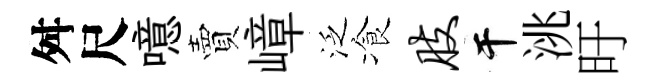
舛尺噫賣嶂泛飡肢干洮旴